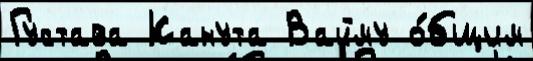
Густава Канута Вайму о́бщим